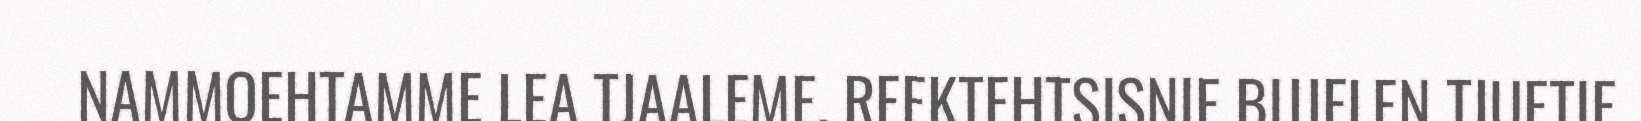
NAMMOEHTAMME LEA TJAALEME. REEKTEHTSISNIE BIJJELEN TJUETIE